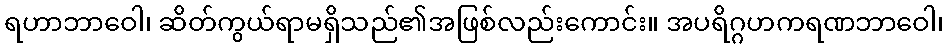
ရဟာဘာဝေါ၊ ဆိတ်ကွယ်ရာမရှိသည်၏အဖြစ်လည်းကောင်း။ အပရိဂ္ဂဟကရဏဘာဝေါ၊